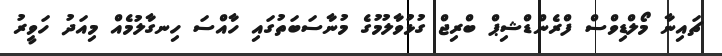
ޗައިނާ މޯލްޑިވްސް ފްރެންޑްޝިޕް ބްރިޖް ގުޅުވާލުމުގެ މުނާސަބަތުގައި ހާއްސަ ހިނގާލުމެއް މިއަދު ހަވީރު